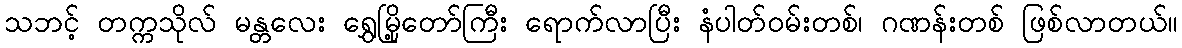
သဘင့် တက္ကသိုလ် မန္တလေး ရွှေမြို့တော်ကြီး ရောက်လာပြီး နံပါတ်ဝမ်းတစ်၊ ဂဏန်းတစ် ဖြစ်လာတယ်။